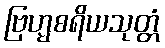
ဗြဟ္မစရိယသုတ္တံ